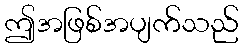
ဤအဖြစ်အပျက်သည်